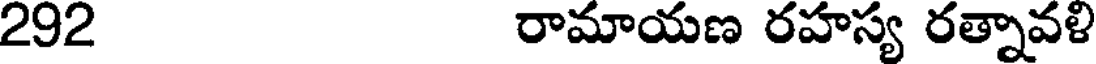
292 రామాయణ రహస్య రత్నావళి